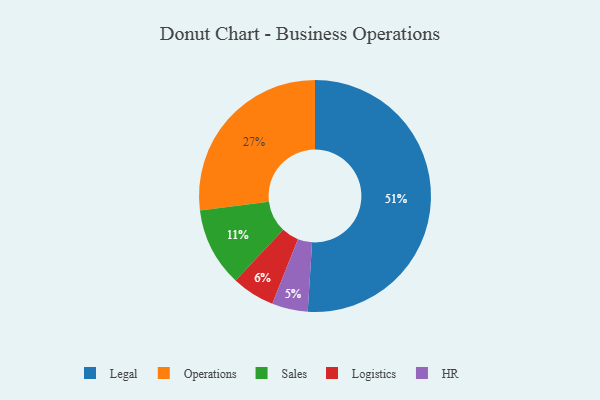
{"axis": {"x": "Category", "y": "Percentage"}, "legend": ["HR", "Legal", "Logistics", "Operations", "Sales"], "data": [{"x": "Legal", "y": 51, "type": "Legal"}, {"x": "HR", "y": 5, "type": "HR"}, {"x": "Sales", "y": 11, "type": "Sales"}, {"x": "Operations", "y": 27, "type": "Operations"}, {"x": "Logistics", "y": 6, "type": "Logistics"}]}